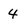
Character: 4